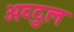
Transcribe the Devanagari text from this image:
अब्दु्ल